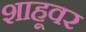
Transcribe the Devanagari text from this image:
शाहूवर